Indian journal of veterinary science and animal husbandry - Volume 12,
Year: 1942
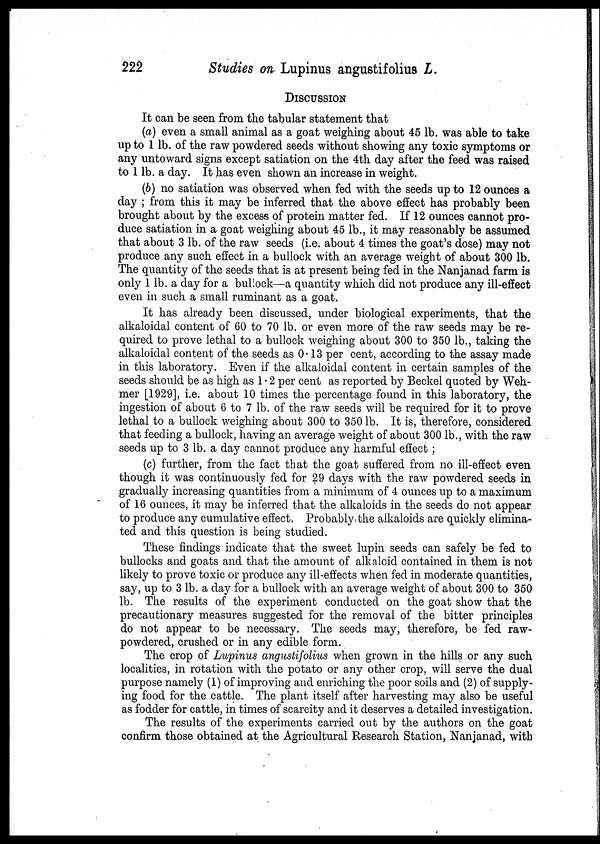
222
Studies on Lupinus angustifolius L.
DISCUSSION
It can be seen from the tabular statement that
(a) even a small animal as a goat weighing about 45 lb. was able to take
upto 1 lb. of the raw powdered seeds without showing any toxic symptoms or
any untoward signs except satiation on the 4th day after the feed was raised
to 1 lb. a day. It has even shown an increase in weight.
(b) no satiation was observed when fed with the seeds up to 12 ounces a
day ; from this it may be inferred that the above effect has probably been
brought about by the excess of protein matter fed. If 12 ounces cannot pro-
duce satiation in a goat weighing about 45 lb., it may reasonably be assumed
that about 3 lb. of the raw seeds (i.e. about 4 times the goat's dose) may not
produce any such effect in a bullock with an average weight of about 300 lb.
The quantity of the seeds that is at present being fed in the Nanjanad farm is
only 1 lb. a day for a bullock—a quantity which did not produce any ill-effect
even in such a small ruminant as a goat.
It has already been discussed, under biological experiments, that the
alkaloidal content of 60 to 70 lb. or even more of the raw seeds may be re-
quired to prove lethal to a bullock weighing about 300 to 350 lb., taking the
alkaloidal content of the seeds as 0.13 per cent, according to the assay made
in this laboratory. Even if the alkaloidal content in certain samples of the
seeds should be as high as 1.2 per cent as reported by Beckel quoted by Weh¬
mer [1929], i.e. about 10 times the percentage found in this laboratory, the
ingestion of about 6 to 7 lb. of the raw seeds will be required for it to prove
lethal to a bullock weighing about 300 to 350 lb. It is, therefore, considered
that feeding a bullock, having an average weight of about 300 lb., with the raw
seeds up to 3 lb. a day cannot produce any harmful effect;
(c) further, from the fact that the goat suffered from no ill-effect even
though it was continuously fed for 29 days with the raw powdered seeds in
gradually increasing quantities from a minimum of 4 ounces up to a maximum
of 16 ounces, it may be inferred that the alkaloids in the seeds do not appear
to produce any cumulative effect. Probably the alkaloids are quickly elimina-
ted and this question is being studied.
These findings indicate that the sweet lupin seeds can safely be fed to
bullocks and goats and that the amount of alkaloid contained in them is not
likely to prove toxic or produce any ill-effects when fed in moderate quantities,
say, up to 3 lb. a day for a bullock with an average weight of about 300 to 350
lb. The results of the experiment conducted on the goat show that the
precautionary measures suggested for the removal of the bitter principles
do not appear to be necessary. The seeds may, therefore, be fed raw-
powdered, crushed or in any edible form.
The crop of Lupinus angustifolius when grown in the hills or any such
localities, in rotation with the potato or any other crop, will serve the dual
purpose namely (1) of improving and enriching the poor soils and (2) of supply-
ing food for the cattle. The plant itself after harvesting may also be useful
as fodder for cattle, in times of scarcity and it deserves a detailed investigation.
The results of the experiments carried out by the authors on the goat
confirm those obtained at the Agricultural Research Station, Nanjanad, with